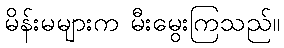
မိန်းမများက မီးမွေးကြသည်။